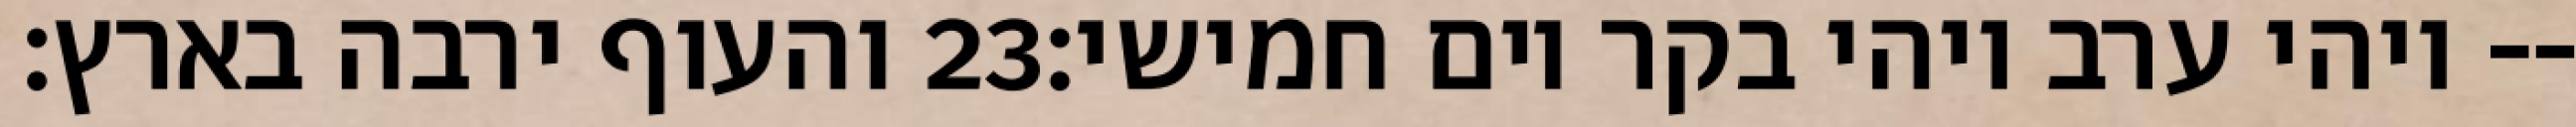
והעוף ירבה בארץ׃ ‎23‏ ויהי ערב ויהי בקר יום חמישי׃--